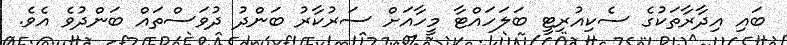
ބައި އިދާރާތަކުގެ ސެކިއުރިޓީ ބަލަހައްޓާ މީހާއަށް ސަރުކާރު ބަންދު ދުވަސްތައް ބަންދުވެ އެވެ.